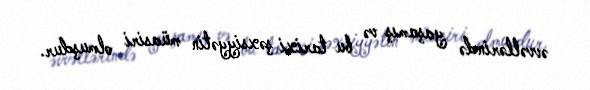
əvvəllərində yaşamış və bu tarixi şəxsiyyətin müasiri olmuşdur.